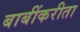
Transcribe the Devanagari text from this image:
बाबींकरीता